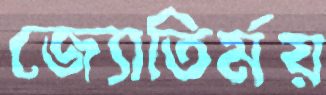
জ্যোতির্ময়